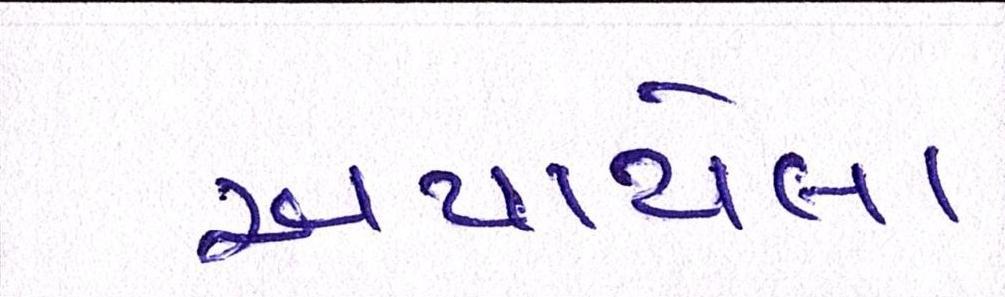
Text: અપાયેલા